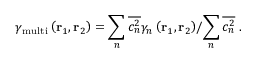
{ { \gamma } _ { \mathrm { m u l t i } } } \left( { \bf { r } } _ { 1 } , { \bf { r } } _ { 2 } \right) = { \sum _ { n } { \overline { { c _ { n } ^ { 2 } } } { { \gamma } _ { n } } \left( { \bf { r } } _ { 1 } , { \bf { r } } _ { 2 } \right) } } / { \sum _ { n } { \overline { { c _ { n } ^ { 2 } } } } } \; .